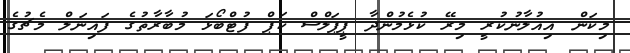
މިކަން އިއުލާނުކުރީ މިރޭ ކުޅެމުންދާ ޕީޕަލްސް ކަޕް ފުޓްބޯޅަ މުބާރާތުގެ ފައިނަލް މެޗުގެ